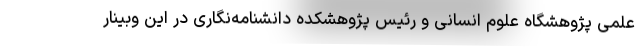
علمی پژوهشگاه علوم انسانی و رئیس پژوهشکده دانشنامه‌نگاری در این وبینار